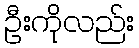
ဦးကိုလည်း